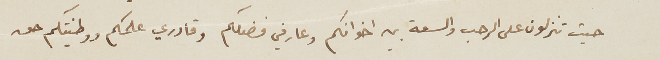
حيث تنزلون على الرحب والسعة بين اخوانكم وعارفي فضلكم وقادري علمكم ووطنيتكم هو